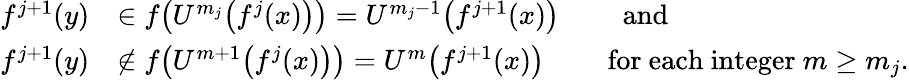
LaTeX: \begin{array}{rl}{f^{j+1}(y)}&{\in f\bigl(U^{m_{j}}\bigl(f^{j}(x)\bigr)\bigr)=U^{m_{j}-1}\bigl(f^{j+1}(x)\bigr)\qquad\mathrm{~and}}\\ {f^{j+1}(y)}&{\notin f\bigl(U^{m+1}\bigl(f^{j}(x)\bigr)\bigr)=U^{m}\bigl(f^{j+1}(x)\bigr)\qquad\mathrm{~for~each~integer~}m\geq m_{j}.}\end{array}